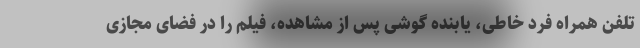
تلفن همراه فرد خاطی، یابنده گوشی پس از مشاهده، فیلم را در فضای مجازی